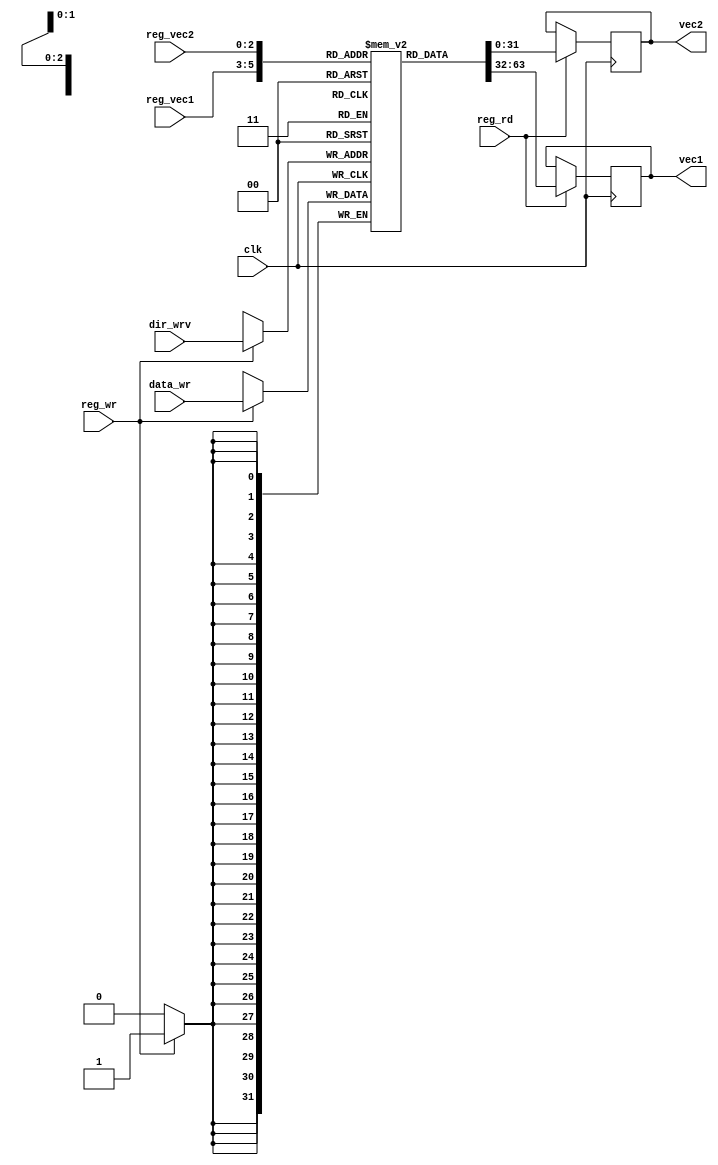
module registros_vec(
clk, // Clock Input
reg_wr, // seal de escritura
reg_rd, //seal de lectura
reg_vec1, //direccion de registro vectorial 1
reg_vec2, //direccion de registro vectorial 2
dir_wrv, //direccion de dato a escribir en banco de registros
vec1, //datos del registro vectorial 1
vec2, //datos del registro vectorial 2
data_wr //datos a escribir
);


//--------------Input Ports-----------------------

input [2:0] reg_vec1;
input [2:0] reg_vec2;
input [2:0] dir_wrv;


output reg [31:0] vec1;
output reg [31:0] vec2;
input clk;
input reg_wr,reg_rd; // Bandera de control para la escritura en la memoria
input wire [31:0] data_wr; // Dato que se escribe en el write-back

reg [31:0] mem [0:7];


initial begin
    mem[0] <= 0; //
    mem[1] <= 0; // 
    mem[2] <= 0; // 
    mem[3] <= 0; //         
    mem[4] <= 0; //         
    mem[5] <= 0; //         
    mem[6] <= 0; //         
    mem[7] <= 0; //         
end

//En negedge captura el dato


always @(posedge clk)
begin
	if(reg_rd)begin
    vec1 = mem[reg_vec1];
    vec2 = mem[reg_vec2];
	 end
	 
end
always @(negedge clk)
begin
	if (reg_wr) begin //si la bandera no esta en 1 ignora la lectura del dato (guardar dato en el banco de registro)
        mem[dir_wrv] <= data_wr;
	end
end

endmodule